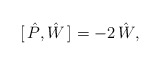
\begin{align*}[ \, \hat{P} , \hat{W} \, ] = - 2 \, \hat{W},\end{align*}